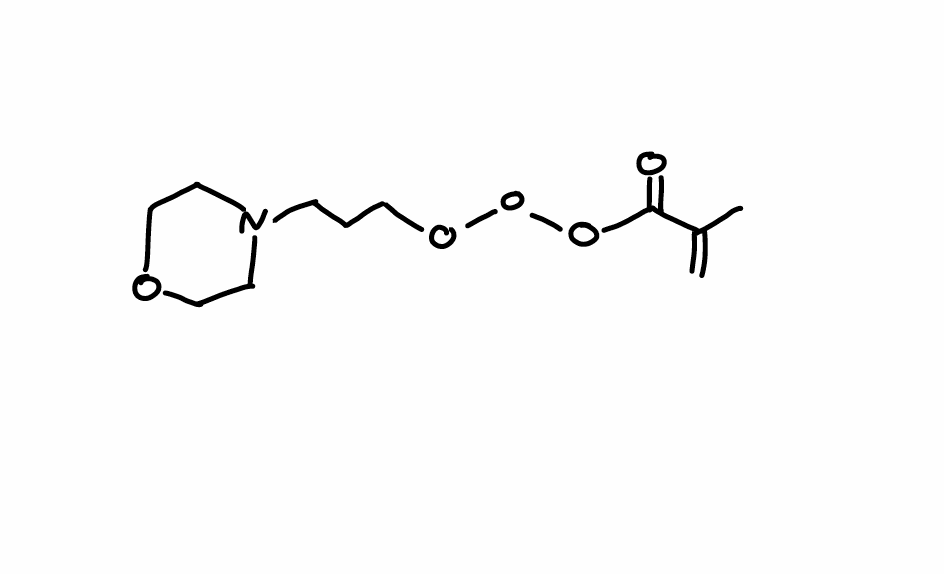
Simplified molecular-input line-entry system (SMILES) notation of the given molecule:
CC(=C)C(=O)OOOCCCN1CCOCC1